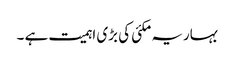
بہاریہ مکئی کی بڑی اہمیت ہے ۔